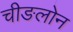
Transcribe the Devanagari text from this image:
चीङलोन